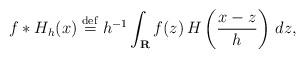
LaTeX: \begin{align*}f*H_{h}(x)\stackrel{\rm def}{=}h^{-1}\int_{{\bf R}}f(z)\,H\left( \frac{x-z}{h}\right) \,dz, \end{align*}